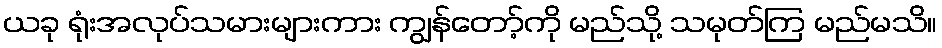
ယခု ရုံးအလုပ်သမားများကား ကျွန်တော့်ကို မည်သို့ သမုတ်ကြ မည်မသိ။